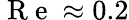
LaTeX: \mathrm{~R~e~}\approx 0.2